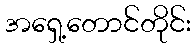
အရှေ့တောင်တိုင်း